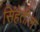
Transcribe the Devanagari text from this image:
सिंहेतील